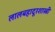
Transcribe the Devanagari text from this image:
लालबहादूरशास्त्री